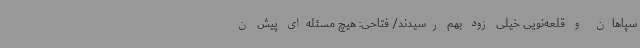
سپاهان و قلعه‌نویی خیلی زود بهم رسیدند/ فتاحی: هیچ مسئله‌ای پیش ن